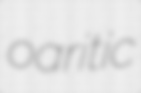
oaritic